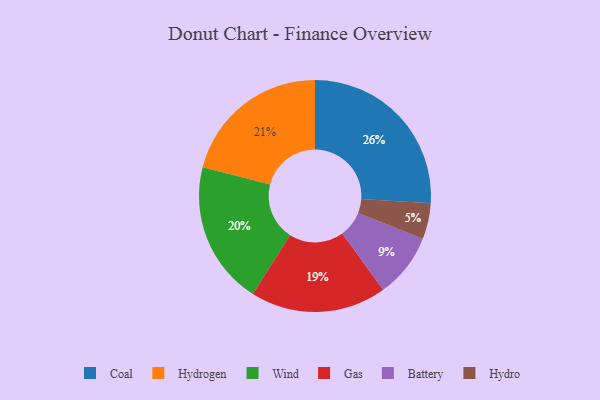
{"axis": {"x": "Category", "y": "Percentage"}, "legend": ["Battery", "Coal", "Gas", "Hydro", "Hydrogen", "Wind"], "data": [{"x": "Battery", "y": 9, "type": "Battery"}, {"x": "Hydrogen", "y": 21, "type": "Hydrogen"}, {"x": "Hydro", "y": 5, "type": "Hydro"}, {"x": "Coal", "y": 26, "type": "Coal"}, {"x": "Gas", "y": 19, "type": "Gas"}, {"x": "Wind", "y": 20, "type": "Wind"}]}